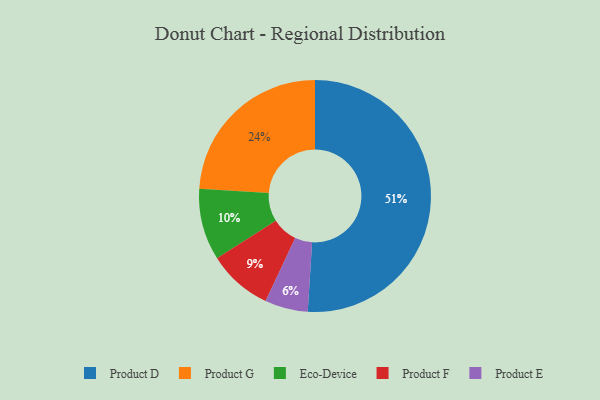
{"axis": {"x": "Category", "y": "Percentage"}, "legend": ["Eco-Device", "Product D", "Product E", "Product F", "Product G"], "data": [{"x": "Product D", "y": 51, "type": "Product D"}, {"x": "Eco-Device", "y": 10, "type": "Eco-Device"}, {"x": "Product E", "y": 6, "type": "Product E"}, {"x": "Product F", "y": 9, "type": "Product F"}, {"x": "Product G", "y": 24, "type": "Product G"}]}